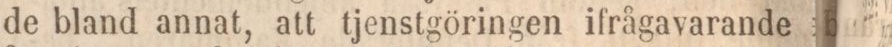
de bland annat, att tjenstgöringen ifrågavarande